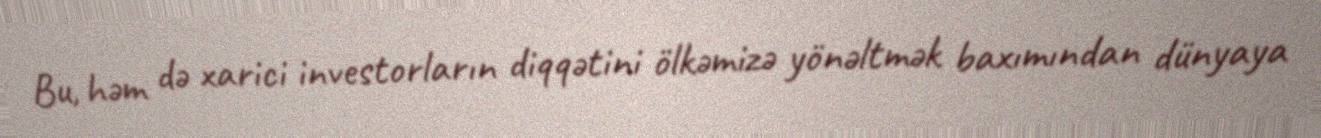
Bu, həm də xarici investorların diqqətini ölkəmizə yönəltmək baxımından dünyaya